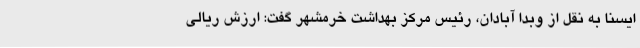
ایسنا به نقل از وبدا آبادان، رئیس مرکز بهداشت خرمشهر گفت: ارزش ریالی